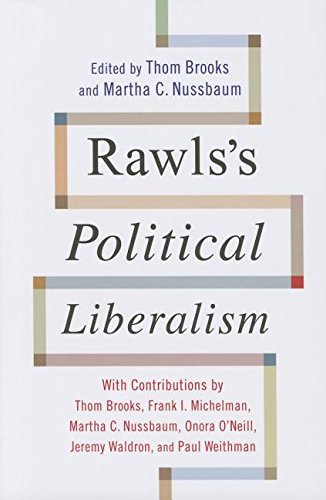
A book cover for Rawls's Political Liberalism (Columbia Themes in Philosophy); Religion & Spirituality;